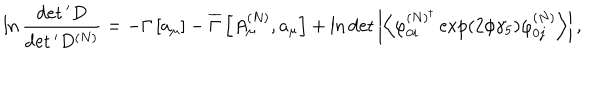
\ln \frac { \det { } ^ { \prime } D } { \det { } ^ { \prime } D ^ { \left( N \right) } } = - \Gamma \left[ a _ { \mu } \right] - \overline { { { \Gamma } } } \left[ A _ { \mu } ^ { \left( N \right) } , a _ { \mu } \right] + \ln \det \left| \left\langle \varphi _ { 0 i } ^ { \left( N \right) ^ { \dagger } } \exp \left( 2 \phi \gamma _ { 5 } \right) \varphi _ { 0 j } ^ { \left( N \right) } \right\rangle \right| ,